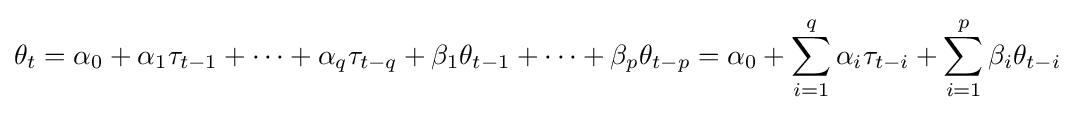
\theta _{t}=\alpha _{0}+\alpha _{1}\tau _{t-1}+\cdots +\alpha _{q}\tau _{t-q}+\beta _{1}\theta _{t-1}+\cdots +\beta _{p}\theta _{t-p}=\alpha _{0}+\sum _{i=1}^{q}\alpha _{i}\tau _{t-i}+\sum _{i=1}^{p}\beta _{i}\theta _{t-i}